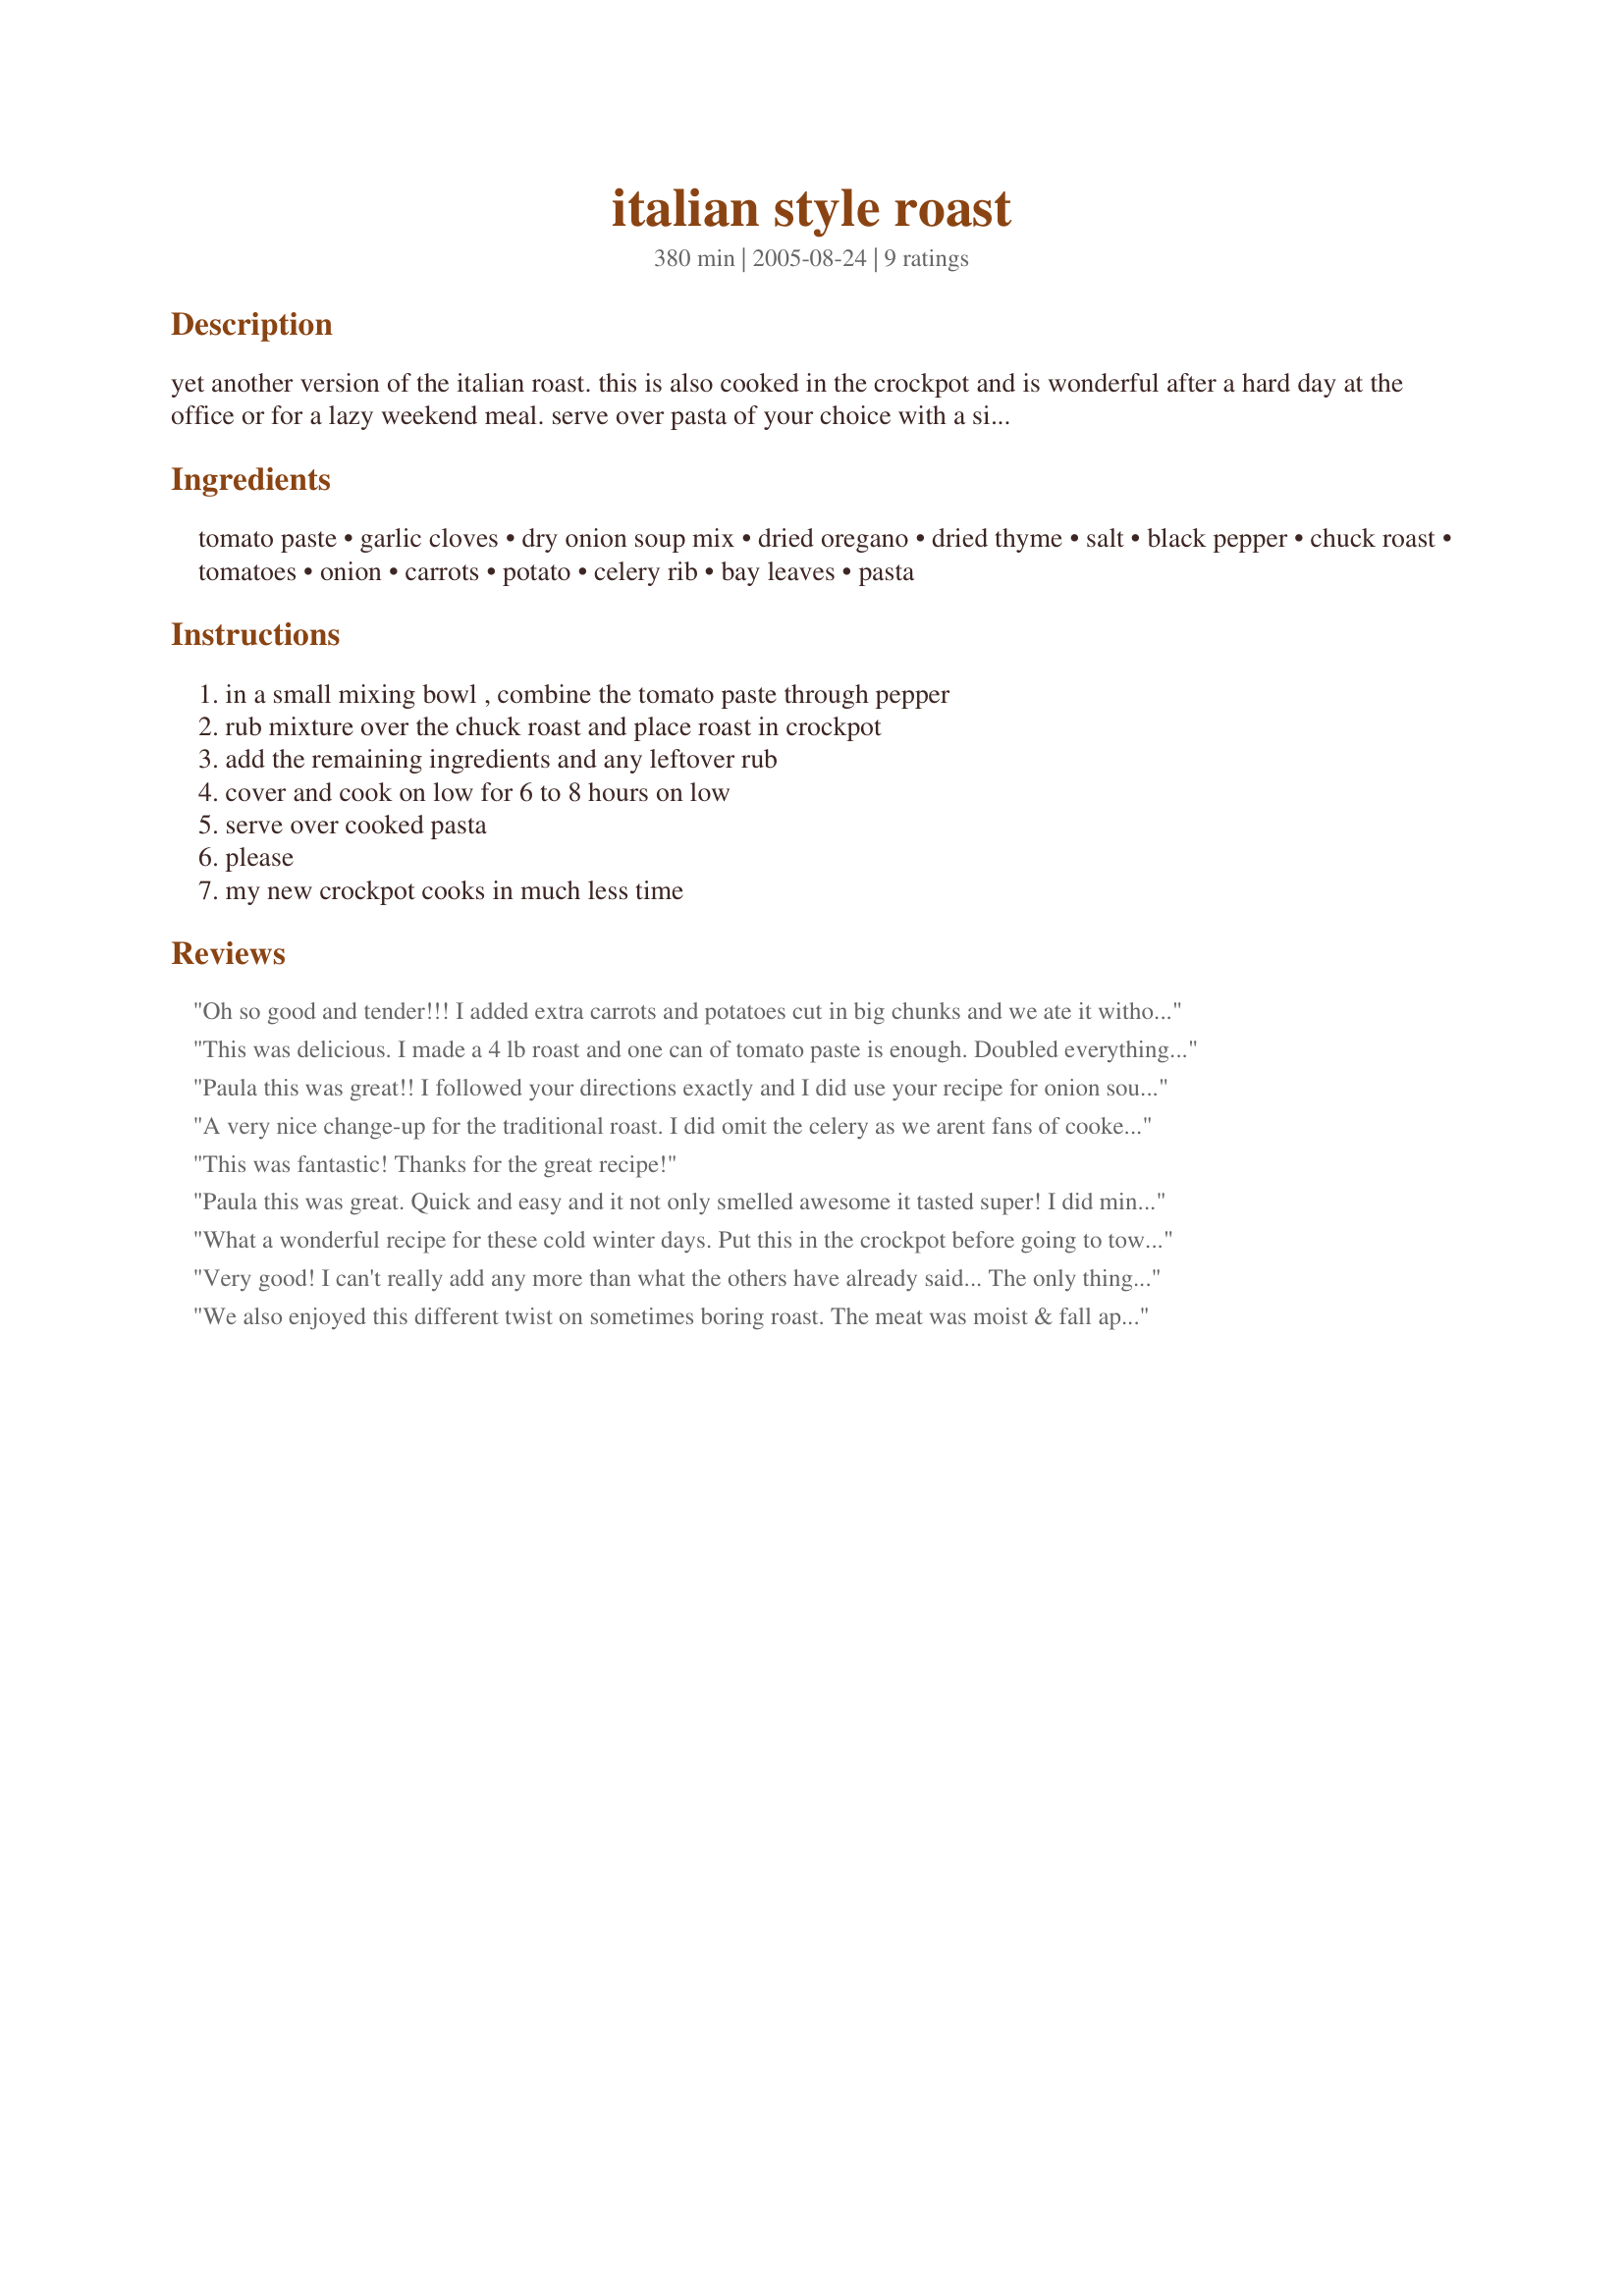
italian style roast
Preparation time: 380 minutes

yet another version of the italian roast. this is also cooked in the crockpot and is wonderful after a hard day at the office or for a lazy weekend meal. serve over pasta of your choice with a side salad or steamed veggies for a complete meal. this recipe was printed on the box for my new crocpot.

Ingredients:
tomato paste, garlic cloves, dry onion soup mix, dried oregano, dried thyme, salt, black pepper, chuck roast, tomatoes, onion, carrots, potato, celery rib, bay leaves, pasta

Steps:
in a small mixing bowl , combine the tomato paste through pepper, rub mixture over the chuck roast and place roast in crockpot, add the remaining ingredients and any leftover rub, cover and cook on low for 6 to 8 hours on low, serve over cooked pasta, please, my new crockpot cooks in much less time

Reviews:
Oh so good and tender!!! I added extra carrots and potatoes cut in big chunks and we ate it without the pasta! Love it!
This was delicious. I made a 4 lb roast and one can of tomato paste is enough. Doubled everything else. I added more potatoes and carrots and served with fresh bread and salad. Left out the celery b/c we don't love it. Smelled really great as it cooked. I don't have a Crock-Pot so it cooked at 325 for about 5 hours in a deep roasting pan. Adjust the cooking time based on how you like your roast cooked. I added water as it cooked for more gravy as needed. Checked the roast couple of hours. This is an easy dish that you can leave in the oven while you do other tasks, a great Sunday meal.
Paula this was great!! I followed your directions exactly and I did use your recipe for onion soup mix. I was skeptical about having the pasta with the roast but I was extremely pleased with the results. Thanks for a great recipe. I will be making it again often.
A very nice change-up for the traditional roast. I did omit the celery as we arent fans of cooked celery. Otherwise, I followed the recipe to the letter and wouldnt change anything the next time I make it. It was soooo tender and after being in the crockpot all day, the flavours blended so well. I will certainly make this again. Thank you for sharing!
This was fantastic! Thanks for the great recipe!
Paula this was great. Quick and easy and it not only smelled awesome it tasted super! I did mine on high for the first 2 hours then on low for about 4-5 and it was perfect. A truly different way to have a chuck roast!
What a wonderful recipe for these cold winter days. Put this in the crockpot before going to town, and when I walked back in the door, the aroma of this was sooooo gooooood!!! The dish itself was just as good as I thought it was going to be. Thanks for the great recipe.
Very good! I can't really add any more than what the others have already said... The only thing I did differently was to add another can of tomatoes for a little more juice. I served it over egg noodles and we really enjoyed it! Thanks for a great weeknight dinner!
We also enjoyed this different twist on sometimes boring roast. The meat was moist & fall apart tender. Followed the recipe exactly. It wasn't specified to drain the tomatoes so I didn't. Made just the right amount of "gravy" for a 2 1/2 lb. roast. Thanks for a new idea!
